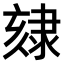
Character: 𨽷